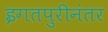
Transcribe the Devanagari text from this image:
इगतपुरीनंतर